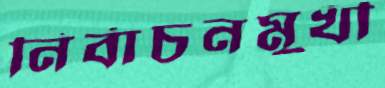
নির্বাচনমুখী